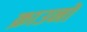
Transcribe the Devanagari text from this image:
क्राउनों